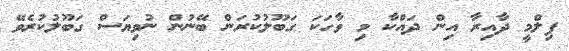
ފިލްމީ ދާއިރާ އިން ދައްކާ މި ވާހަކަ ގަބޫލުކުރަން ބޭނުން ނުވިޔަސް ގަބޫލުކުރެވޭ